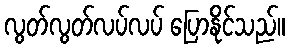
လွတ်လွတ်လပ်လပ် ပြောနိုင်သည်။